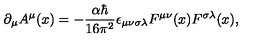
\partial _ { \mu } A ^ { \mu } ( x ) = - \frac { \alpha \hbar } { 1 6 \pi ^ { 2 } } \epsilon _ { \mu \nu \sigma \lambda } F ^ { \mu \nu } ( x ) F ^ { \sigma \lambda } ( x ) ,